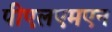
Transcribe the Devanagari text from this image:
पीएलएमएन